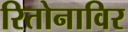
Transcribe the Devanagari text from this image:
रितोनाविर